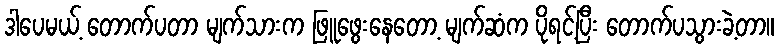
ဒါပေမယ့် တောက်ပတာ မျက်သားက ဖြူဖွေးနေတော့ မျက်ဆံက ပိုရင့်ပြီး တောက်ပသွားခဲ့တာ။